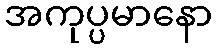
အကုပ္ပမာနော